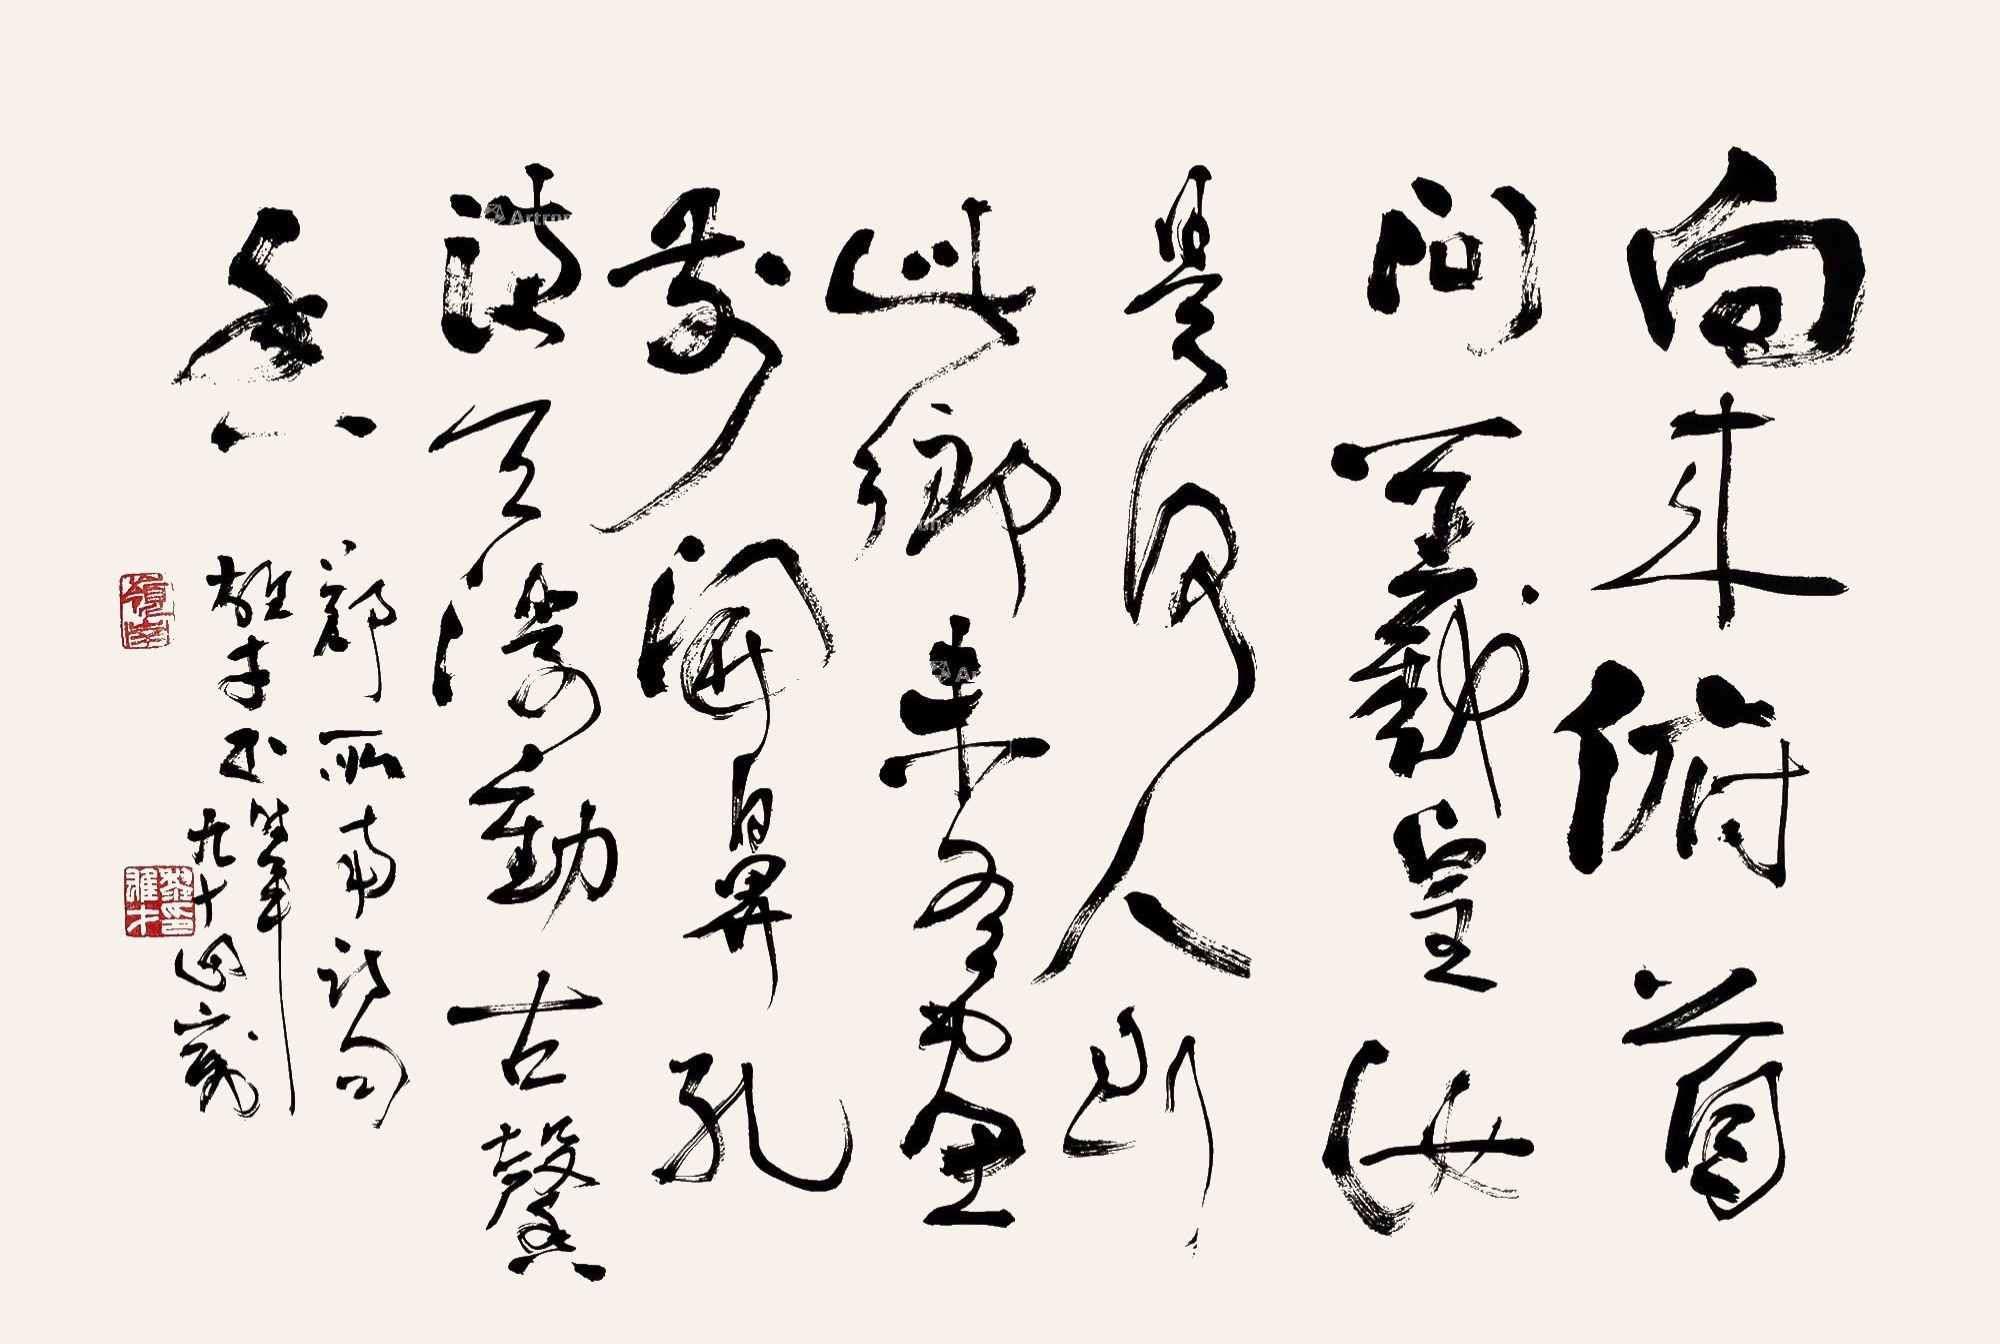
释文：向来俯首问羲皇，汝是何人到此乡。未有画前开鼻孔，满天浮动古馨香。郑所南诗句。雄才书时年九十四岁。